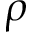
\rho